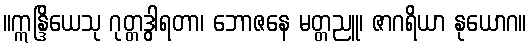
။ဣန္ဒြိယေသု ဂုတ္တဒွါရတာ၊ ဘောဇနေ မတ္တညူ၊ ဇာဂရိယာ နုယောဂ။